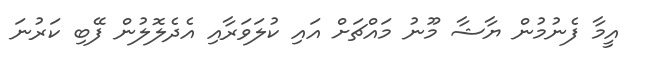
އީމާ ފެނުމުން ޔާޝާ މޫނު މައްޗަށް އައި ކުލަވަރާއި އެދެލޮލުން ފޭބި ކަރުނަ